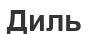
Диль